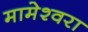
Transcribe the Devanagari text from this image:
मामेश्‍वरा